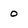
Character: 0